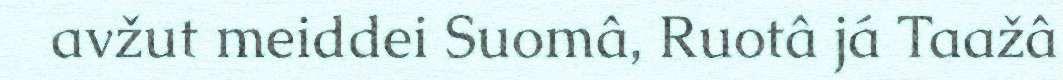
avžut meiddei Suomâ, Ruotâ já Taažâ